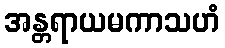
အန္တရာယမကာသဟံ